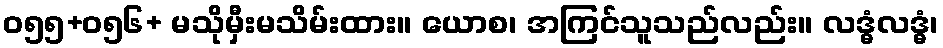
ဝ၅၅+၀၅၆+ မသိုမှီးမသိမ်းထား။ ယောစ၊ အကြင်သူသည်လည်း။ လဒ္ဓံလဒ္ဓံ၊